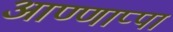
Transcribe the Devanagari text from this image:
आण्णाप्पा